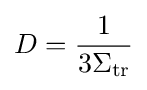
D={\frac {1}{3\Sigma _{\mathrm {tr} }}}